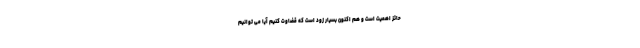
حائز اهمیت است و هم اکنون بسیار زود است که قضاوت کنیم آیا می توانیم